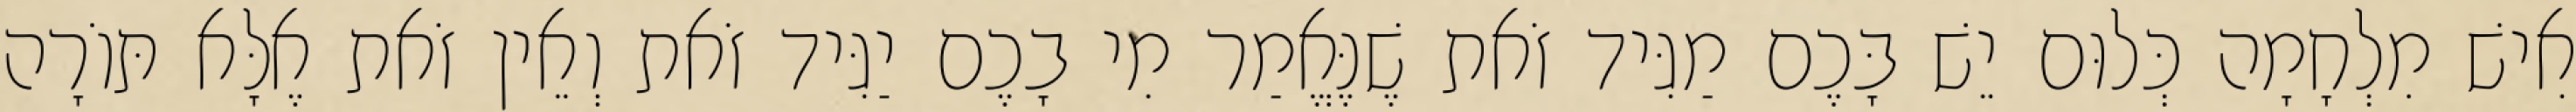
אִישׁ מִלְחָמָה כְּלוּם יֵשׁ בָּכֶם מַגִּיד זֹאת שֶׁנֶּאֱמַר מִי בָכֶם יַגִּיד זֹאת וְאֵין זֹאת אֶלָּא תּוֹרָה